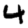
Digit: 4